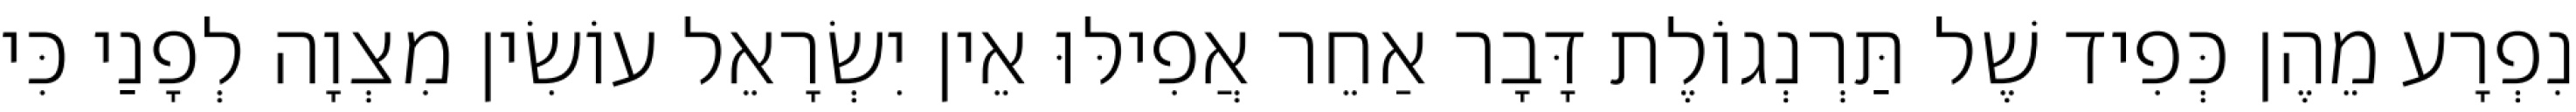
נִפְרָע מֵהֶן כְּפִיד שֶׁל תַּרְנְגוֹלֶת דָּבָר אַחֵר אֲפִילּוּ אֵין יִשְׂרָאֵל עוֹשִׂין מִצְוָה לְפָנַי כִּי